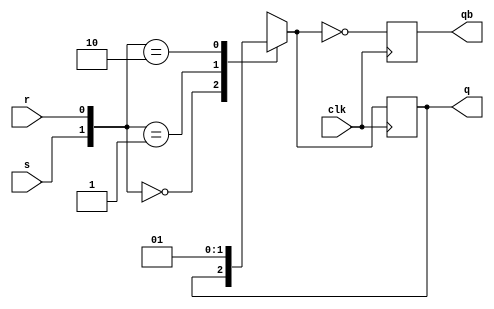
module sr_ff_beh(q,qb,s,r,clk);
input s,r,clk;
output q,qb;
reg q,qb;
always @(posedge clk)
begin
     case({s,r})
        2'b00: q=q;
	2'b01: q=0;
	2'b10: q=1;
	2'b11: q=1'bx;
     endcase
     qb=~q;
end
endmodule